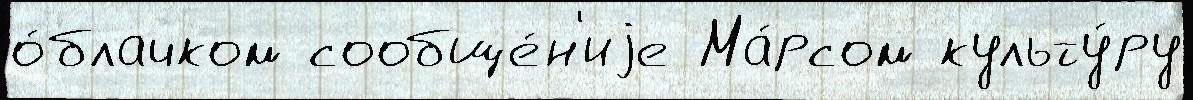
о́блачком сообще́н'иjе Ма́рсом культу́ру